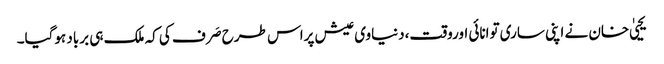
یحییٰ خان نے اپنی ساری توانائی اوروقت،دنیاوی عیش پراس طرح صَرف کی کہ ملک ہی برباد ہوگیا۔